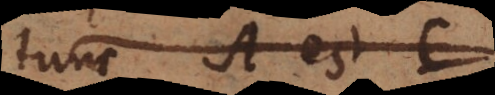
tunc B est C,